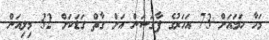
މަހާ ހަމައަށް 73 އަހަރުގެ ފާގަސަން އަށް ގާތް ގަޑަކަށް 32 މިލިއަން